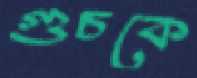
গুচকে